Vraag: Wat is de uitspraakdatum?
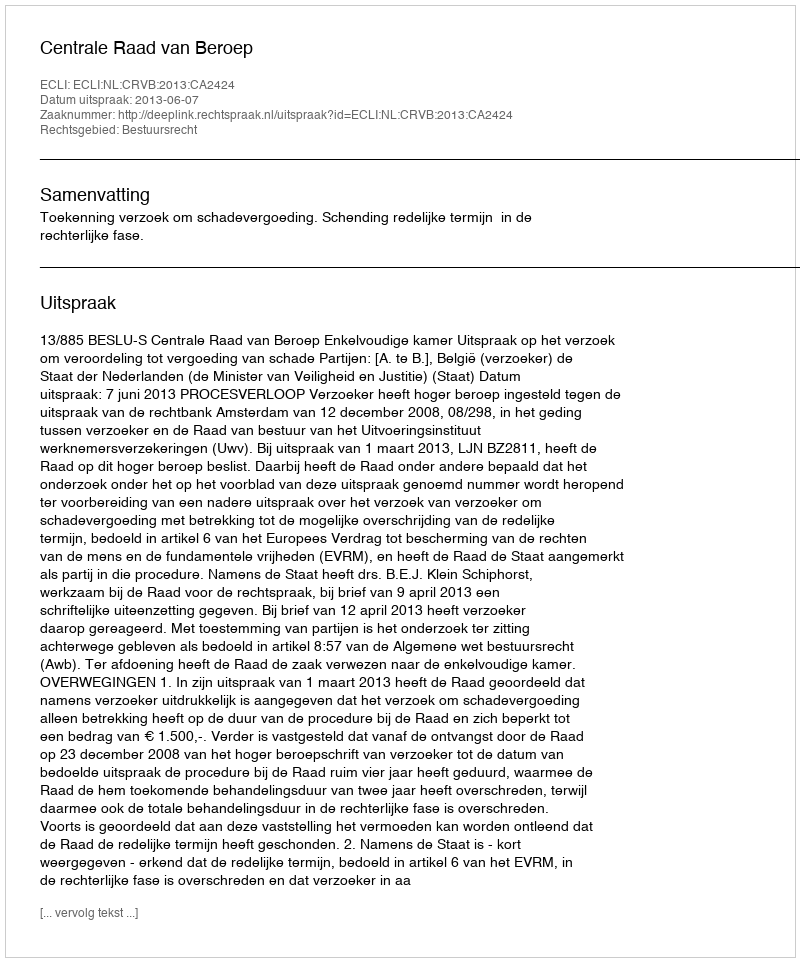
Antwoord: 2013-06-07